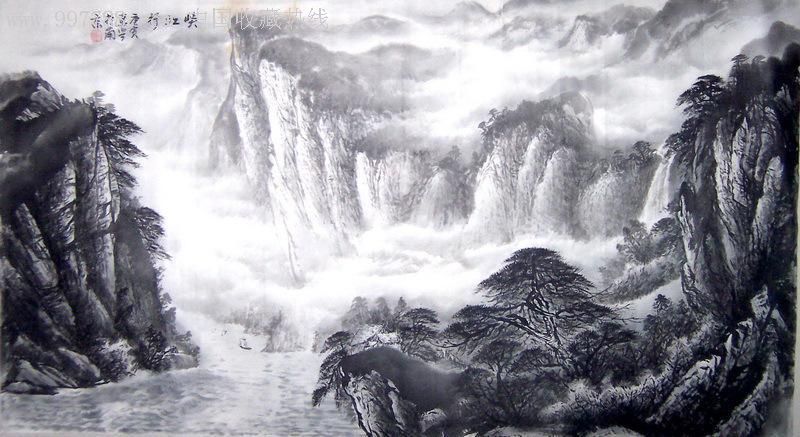
蓄恩不倦，以一取万。